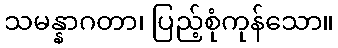
သမန္နာဂတာ၊ ပြည့်စုံကုန်သော။